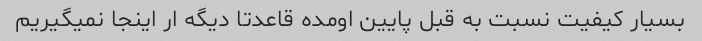
بسیار کیفیت نسبت به قبل پایین اومده قاعدتا دیگه ار اینجا نمیگیریم